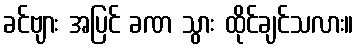
ခင်ဗျား အပြင် ခဏ သွား ထိုင်ချင်သလား။